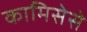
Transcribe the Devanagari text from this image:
कामिसेसे